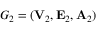
G _ { 2 } = ( { \bf V } _ { 2 } , { \bf E } _ { 2 } , { \bf A } _ { 2 } )